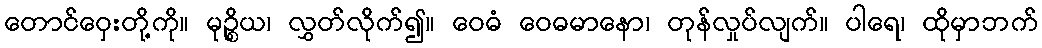
တောင်ဝှေးတို့ကို။ မုဉ္စိယ၊ လွှတ်လိုက်၍။ ဝေဓံ ဝေဓမာနော၊ တုန်လှုပ်လျက်။ ပါရေ၊ ထိုမှာဘက်